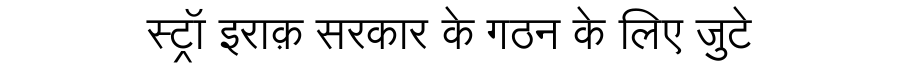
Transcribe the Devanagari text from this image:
स्ट्रॉ इराक़ सरकार के गठन के लिए जुटे